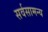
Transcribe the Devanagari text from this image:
सर्वसामन्य